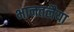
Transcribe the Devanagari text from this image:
भानतलैया